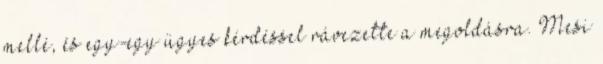
mellé, és egy-egy ügyes kérdéssel rávezette a megoldásra. Mesi